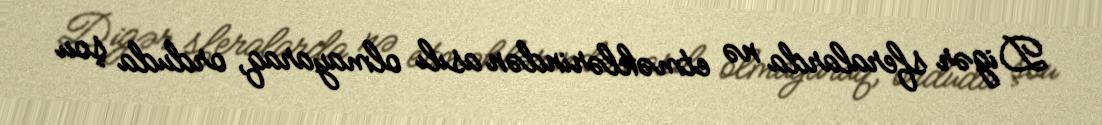
Digər sferalarda nə etməklərindən asılı olmayaraq, orduda şou